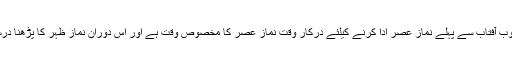
اسی طرح غروب آفتاب سے پہلے نماز عصر ادا کرنے کیلئے درکار وقت نماز عصر کا مخصوص وقت ہے اور اس دوران نماز ظہر کا پڑھنا درست نہیں ہے ۔